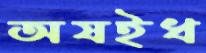
অষইধ